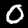
Digit: 0